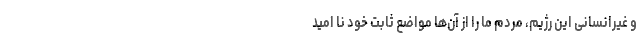
و غیرانسانی این رژیم، مردم ما را از آن‌ها مواضع ثابت خود نا امید